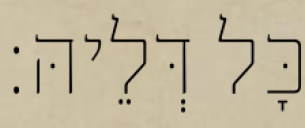
כָּל דְּלֵיהּ׃